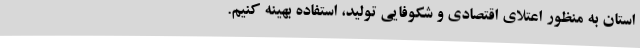
استان به منظور اعتلای اقتصادی و شکوفایی تولید، استفاده بهینه کنیم.